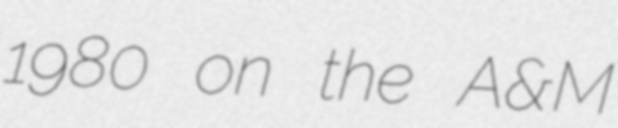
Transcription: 1980 on the A&M